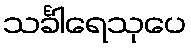
သင်္ခါရေသုပေ